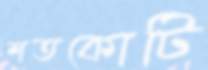
শতকোটি